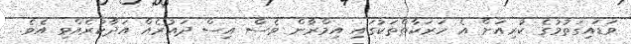
ވަޑައިގަތުމުގެ ކުރިއަށް އެ ހަރަކާތްތަކުގައި އިމްރާން ވެސް އިސް ދައުރެއް އަދާކުރެއްވި އެވެ.